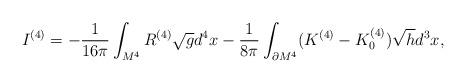
LaTeX: \begin{align*}I^{(4)}=-{1 \over 16\pi } \int_{M^4}^{}R^{(4)}\sqrt{g}d^4x-{1 \over 8\pi }\int_{\partial M^4}^{}(K^{(4)}-K^{(4)}_0)\sqrt{h}d^3x,\end{align*}